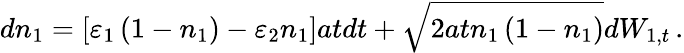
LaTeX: dn_{1}=\left[\varepsilon_{1}\left(1-n_{1}\right)-\varepsilon_{2}n_{1}\right]atdt+\sqrt{2atn_{1}\left(1-n_{1}\right)}dW_{1,t}\, .